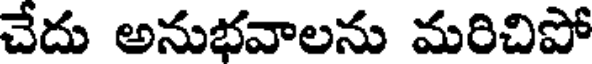
చేదు అనుభవాలను మరిచిపో